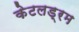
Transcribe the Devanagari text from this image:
केटलड्रम